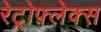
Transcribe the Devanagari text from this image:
रेट्रोफ़्लेक्स